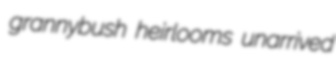
grannybush heirlooms unarrived